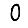
Digit: 0